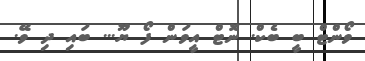
ވޯންޓް ބީ ބެކް. ނޮޓް އީވަން ފޯ ޔޫ... ބައި ދި ވޭ.